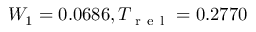
W _ { 1 } = 0 . 0 6 8 6 , T _ { \mathrm { ~ r ~ e ~ l ~ } } = 0 . 2 7 7 0